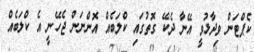
ކެޕްޓަން ވިދާޅުވީ އޭނާ ދެކޭ ގޮތުގައި ކްލަބެއް އޮންނަން ޖެހޭނީ އެ ކްލަބެއް